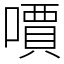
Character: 𠿪